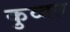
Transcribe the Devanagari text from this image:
कुव्‍वत